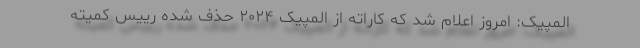
المپیک: امروز اعلام شد که کاراته از المپیک ۲۰۲۴ حذف شده رییس کمیته